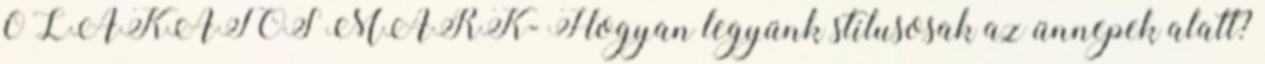
0 LAKATOS MÁRK- Hogyan legyünk stílusosak az ünnepek alatt?